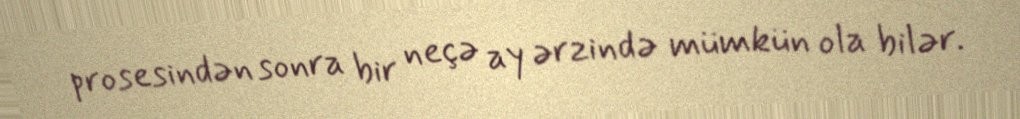
prosesindən sonra bir neçə ay ərzində mümkün ola bilər.